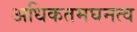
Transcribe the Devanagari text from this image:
अधिकतमघनत्व